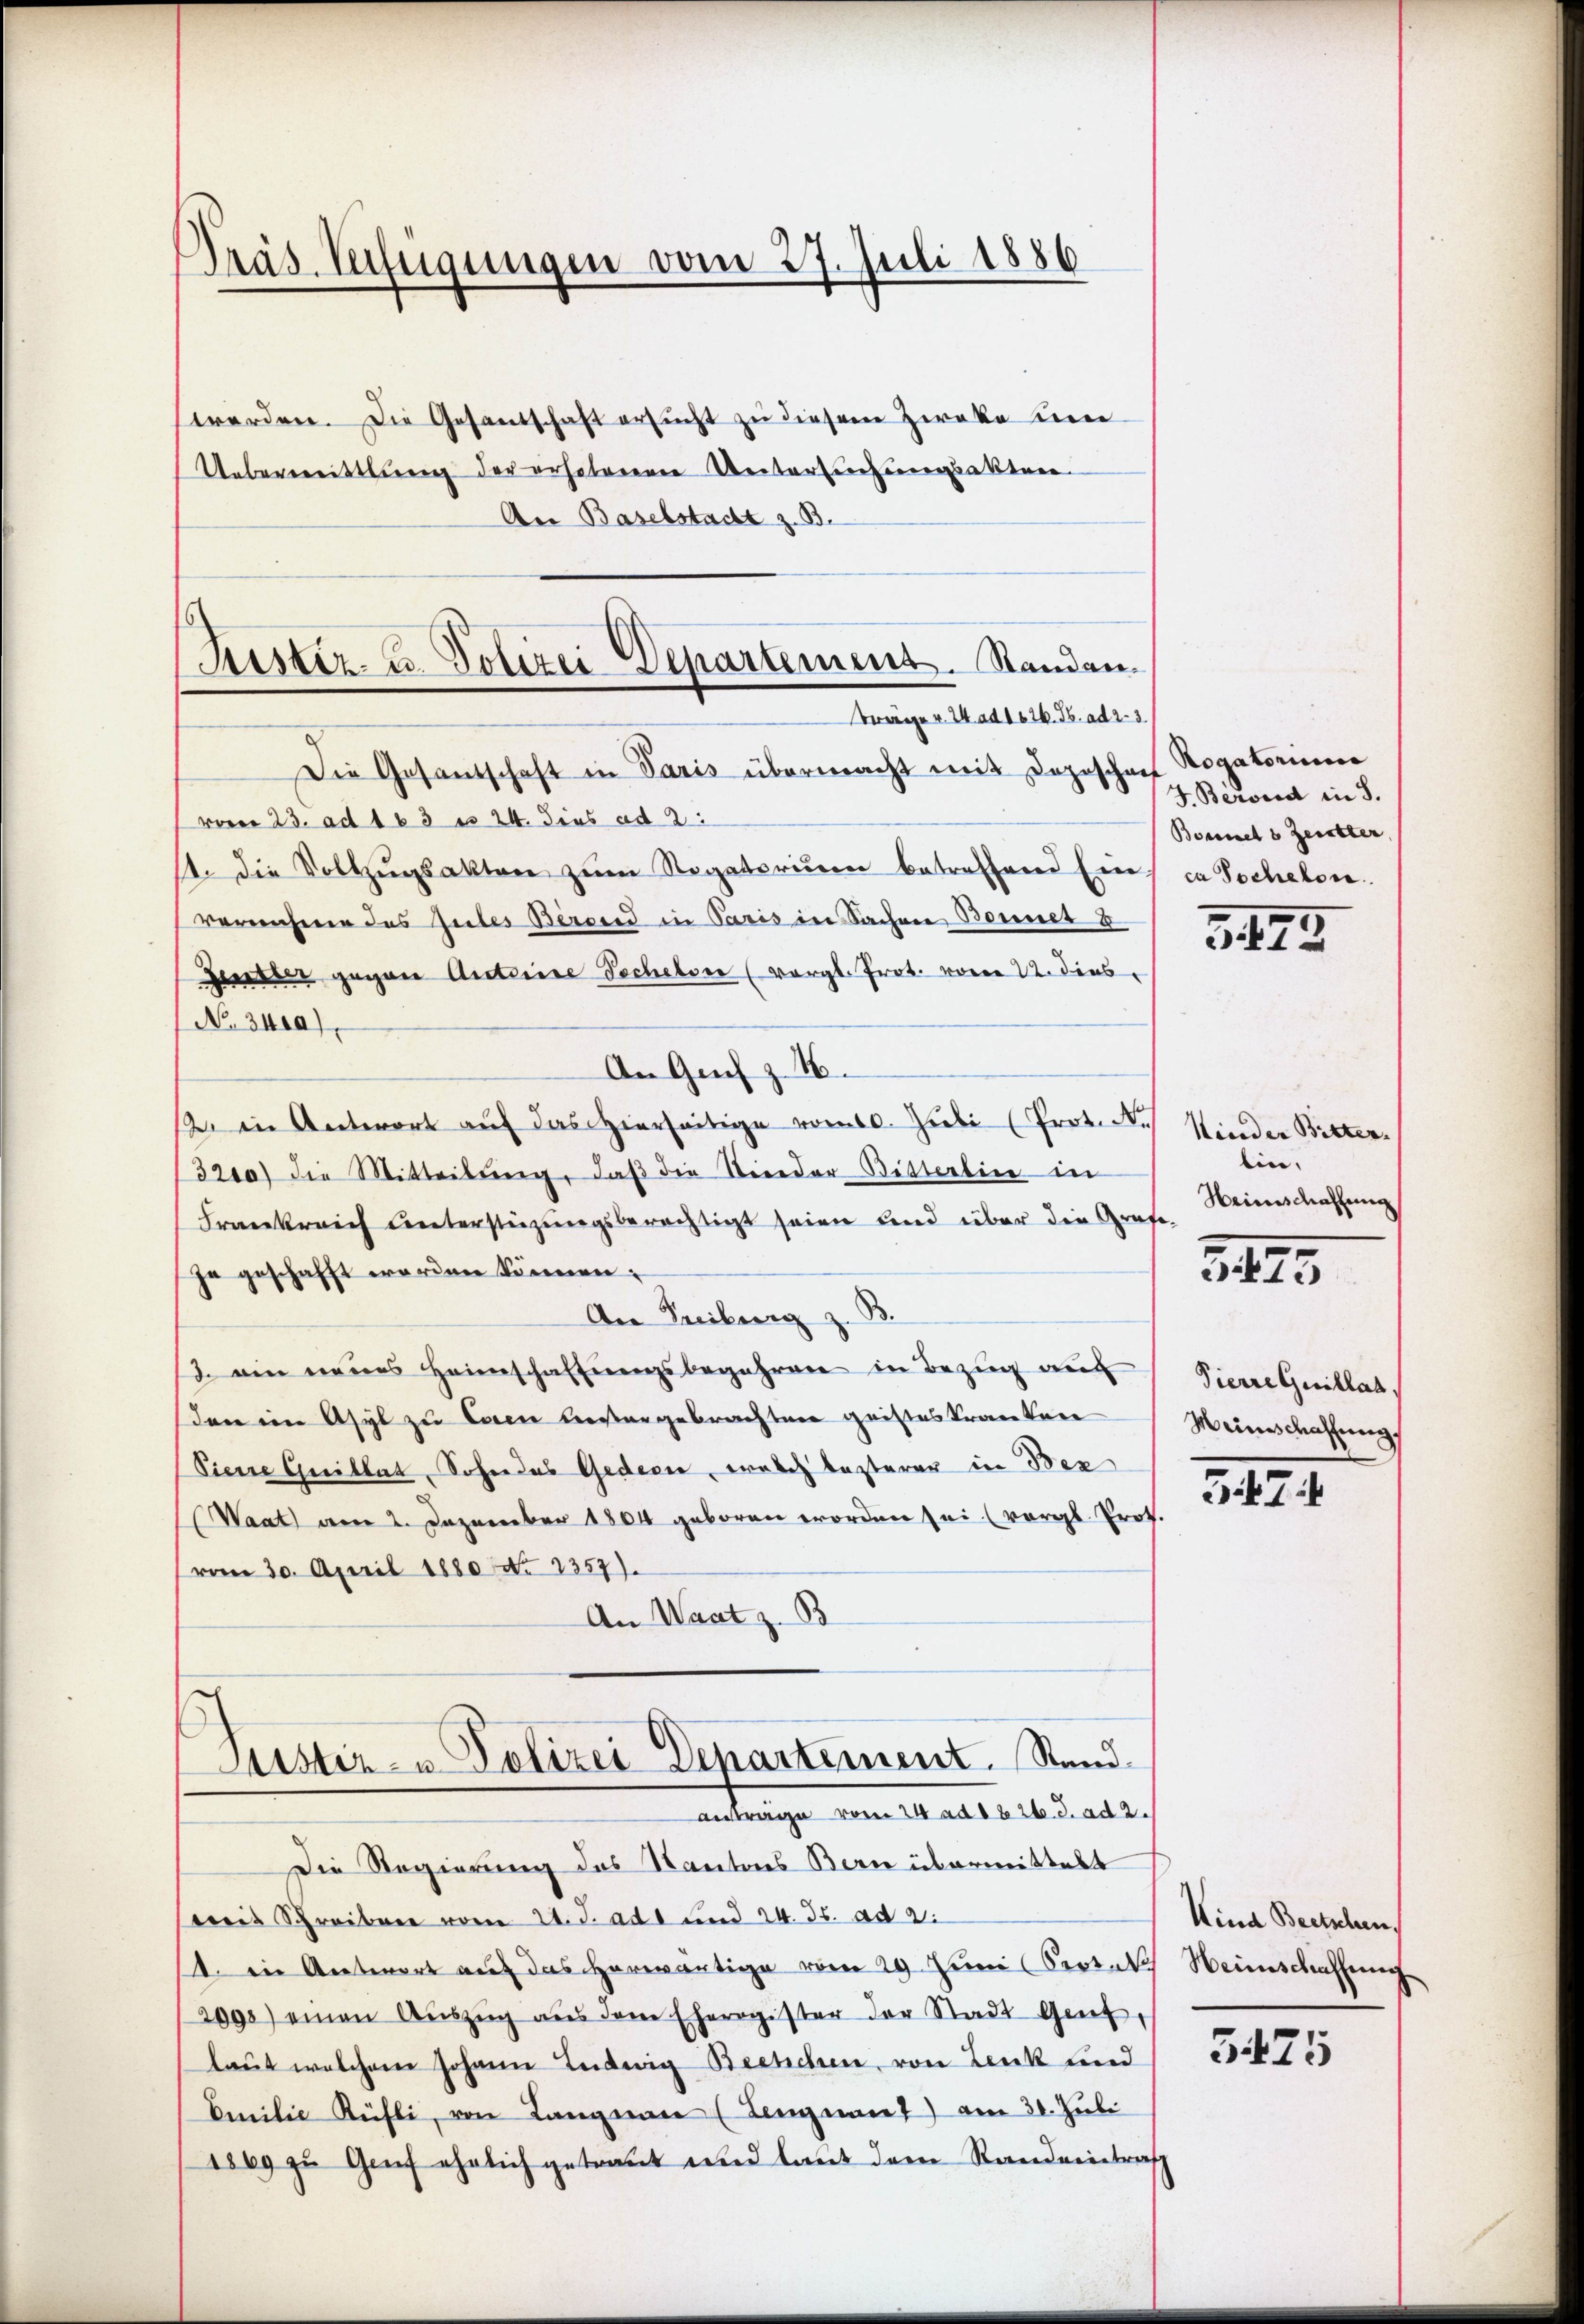
Präs. Verfügungen vom 27. Juli 1886

werden. Die Gesandschaft ersucht zu diesem Zirke um
Unbevereittlung der erhobenenen Vertartigungsaktere
An Baselstadt z. B.
Die Gesandschaft in Paris übermacht mit Deposchen Rogatorinner
vom 23. ad 163 n 24. dies ad 2.
14. die Vollzŭgsakten zŭm Segatorium betreffend Ein ca Tochelon
vernehme des Gutes Berend in Paris in Sachen Bonnet I
Zuster gegen Anteine Techelser (vergl. Prot. vom 12. dies
No. 3400),
An Gach z. 16.
s. in Antwort auf das Hierseitige vom 10. Juli (Prot. N
3200) die Mitteilŭng, daβ die Nieder Bitterlin in
Frankreich unterstüzungsberechtigt seien und über die Grafe,
Zu geschafft werden können;
An Treibung z. B.
3. ein neues Heimschaffungsbegehren in Bezug auc
Den im Asyl zu Carn bestergebrachten geisteskranken
Siene Guillat, Sohne das Gedecke, welch lezterer in Bez
(Waat am 2. Dezember 1804 geboren worden sei (vergl. Prot.
vom 30. April 1880 No 1357).
An Waat z. B
Justiz- u Polizei Departement. Sandanträge vom 24. ad 1826. d. ad 2.
Die Regierung des Kantons Bern übermittelt
weis Schreiben vom 21. J. ad 1 und 24. Js. ad 2.
(. in Antwort auf das herwärtige vom 29. Juni (Seozak Heimschaffene
2098) einen Aŭszŭg aŭs den Eheregister der Stadt Genf,
laut welchem Johann Leidwig Bechchen, von Lenk und
Emilie Rüfli, von Langnau (Lengnau 7) am 30. Juli
1869 zu Genf ehelich getraut und laut dem Randeeintraf

Kister- u. Polizei Departement. Standen.
Träge v. 24. ad 1626. Fr. ad 2. 3

J. Berond in S.
Bonnet 3 Zeitter,

3. 179

Kinder Bitten.
bin,
Heinschaffung

3III.

Pierre Guillat
Meineschaffung,

3474

Kind Beetschen,

5475